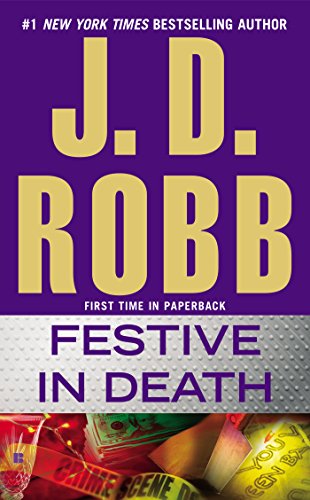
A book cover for Festive in Death; J. D. Robb; Mystery, Thriller & Suspense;